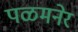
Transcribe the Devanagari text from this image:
पळमनेर